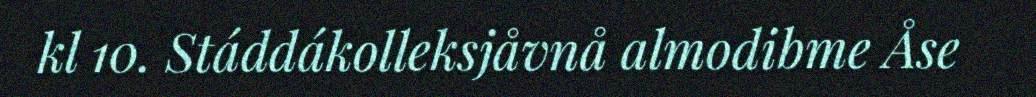
kl 10. Stáddákolleksjåvnå almodibme Åse